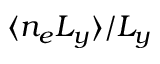
\langle n _ { e } L _ { y } \rangle / L _ { y }